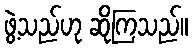
ဖွဲ့သည်ဟု ဆိုကြသည်။